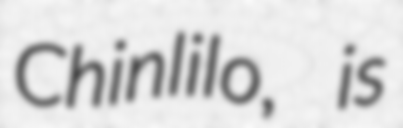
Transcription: Chinlilo, is